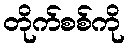
တိုက်စစ်ကို